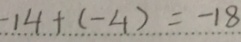
- 1 4 + ( - 4 ) = - 1 8